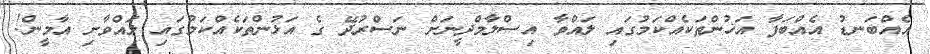
އެއްބަނޑު އެއްބަފާ އަޚުންތަކެއްކަމުގައި ލައްވާ އިސްލާމްދީނަށް ނަސްރުދޭ ގެ އަޅުންތަކެއްކަމުގައި ލައްވާށި އާމީން!